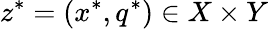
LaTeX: z^{*}=(x^{*},q^{*})\in X\times Y